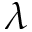
\boldsymbol { \lambda }